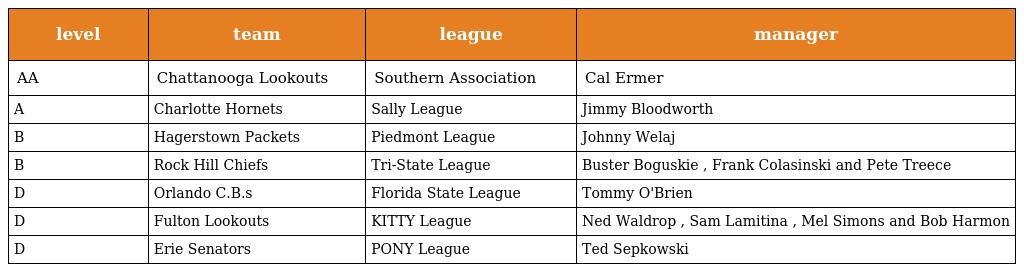
| level | team | league | manager |
 | --- | --- | --- | --- |
 | AA | Chattanooga Lookouts | Southern Association | Cal Ermer |
 | A | Charlotte Hornets | Sally League | Jimmy Bloodworth |
 | B | Hagerstown Packets | Piedmont League | Johnny Welaj |
 | B | Rock Hill Chiefs | Tri-State League | Buster Boguskie , Frank Colasinski and Pete Treece |
 | D | Orlando C.B.s | Florida State League | Tommy O'Brien |
 | D | Fulton Lookouts | KITTY League | Ned Waldrop , Sam Lamitina , Mel Simons and Bob Harmon |
 | D | Erie Senators | PONY League | Ted Sepkowski |